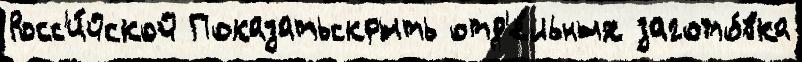
Росс'и́йской Показатьскрыть отд'е́льных загото́вка